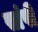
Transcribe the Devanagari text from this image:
सांपी